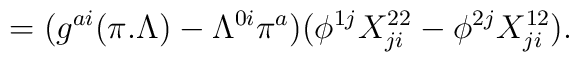
=(g^{ai}(\pi .\Lambda )-\Lambda ^{0i}\pi ^a)(\phi ^{1j}X^{22}_{ji}-\phi ^{2j}X^{12}_{ji}).